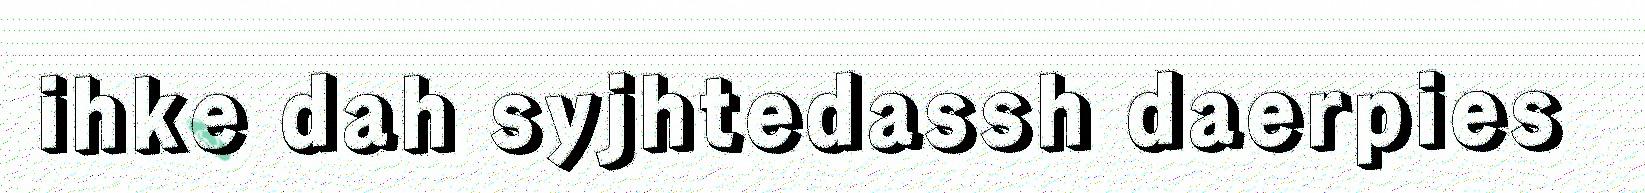
ihke dah syjhtedassh daerpies